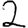
Digit: 2